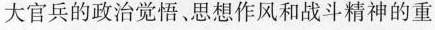
大官兵的政治觉悟、思想作风和战斗精神的重